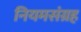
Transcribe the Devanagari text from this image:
नियमसंग्रह